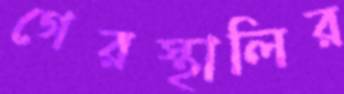
গেরস্থালির